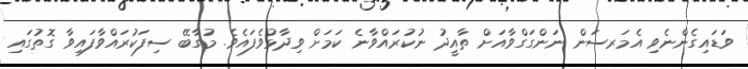
ވަޑައިގެންނެވި އެމަރސަން ނަންގަގްވާއަށް ތާއީދު ނުކުރައްވާނެ ކަމަށް ވިދާޅުވެފައެވެ. މުގާބޭ ސިފަކުރައްވާފައިވާ ގޮތުގައި